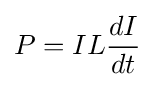
P=IL{\frac {dI}{dt}}